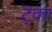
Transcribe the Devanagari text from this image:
ट्का